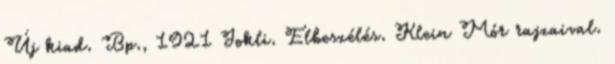
Új kiad. Bp., 1921 Jokli. Elbeszélés. Klein Mór rajzaival.